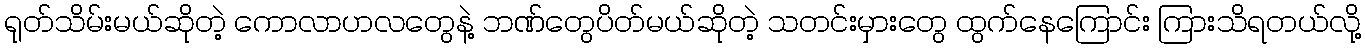
ရုတ်သိမ်းမယ်ဆိုတဲ့ ကောလာဟလတွေနဲ့ ဘဏ်တွေပိတ်မယ်ဆိုတဲ့ သတင်းမှားတွေ ထွက်နေကြောင်း ကြားသိရတယ်လို့